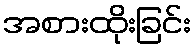
အစားထိုးခြင်း